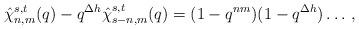
LaTeX: \begin{align*}\hat{\chi}_{n,m}^{s,t}(q) - q^{\Delta h} \hat{\chi}_{s-n,m}^{s,t}(q) = (1-q^{nm})(1-q^{\Delta h}) \ldots \,, \end{align*}